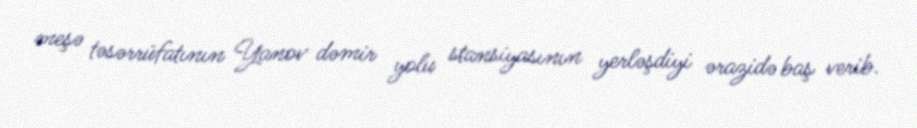
meşə təsərrüfatının Yanov dəmir yolu stansiyasının yerləşdiyi ərazidə baş verib.